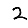
Digit: 2